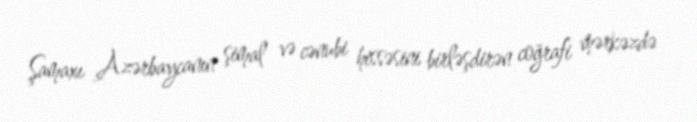
Şamaxı Azərbaycanın şimal və cənubi hissəsini birləşdirən coğrafi mərkəzdə